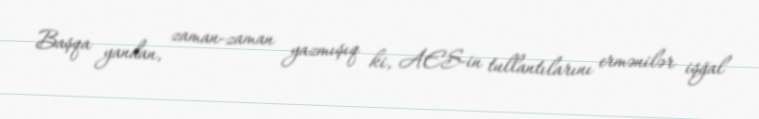
Başqa yandan, zaman-zaman yazmışıq ki, AES-in tullantılarını ermənilər işğal